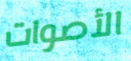
الأصوات